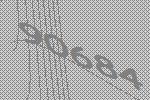
90684